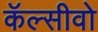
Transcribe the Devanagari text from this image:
कॅल्सीवो